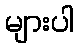
များပါ